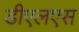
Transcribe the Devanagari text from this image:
डीएलएस